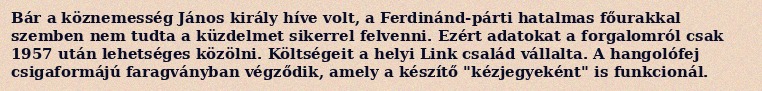
Bár a köznemesség János király híve volt, a Ferdinánd-párti hatalmas főurakkal szemben nem tudta a küzdelmet sikerrel felvenni. Ezért adatokat a forgalomról csak 1957 után lehetséges közölni. Költségeit a helyi Link család vállalta. A hangolófej csigaformájú faragványban végződik, amely a készítő "kézjegyeként" is funkcionál.